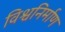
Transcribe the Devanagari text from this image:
विश्वनिर्माण